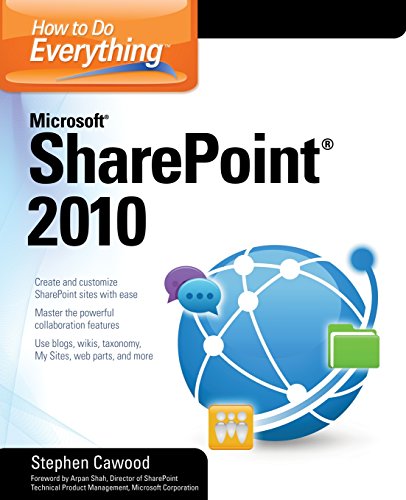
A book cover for How to Do Everything Microsoft SharePoint 2010; Stephen Cawood; Computers & Technology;